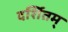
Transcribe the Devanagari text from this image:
दर्शितम्